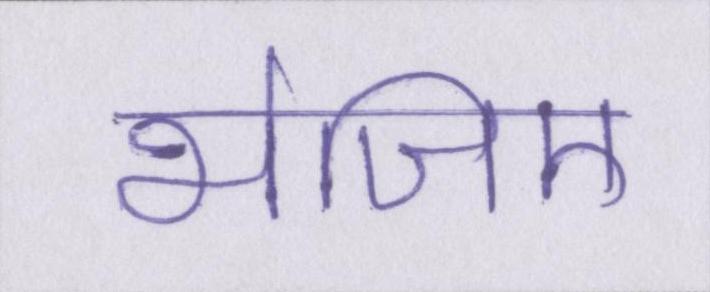
भेजिए